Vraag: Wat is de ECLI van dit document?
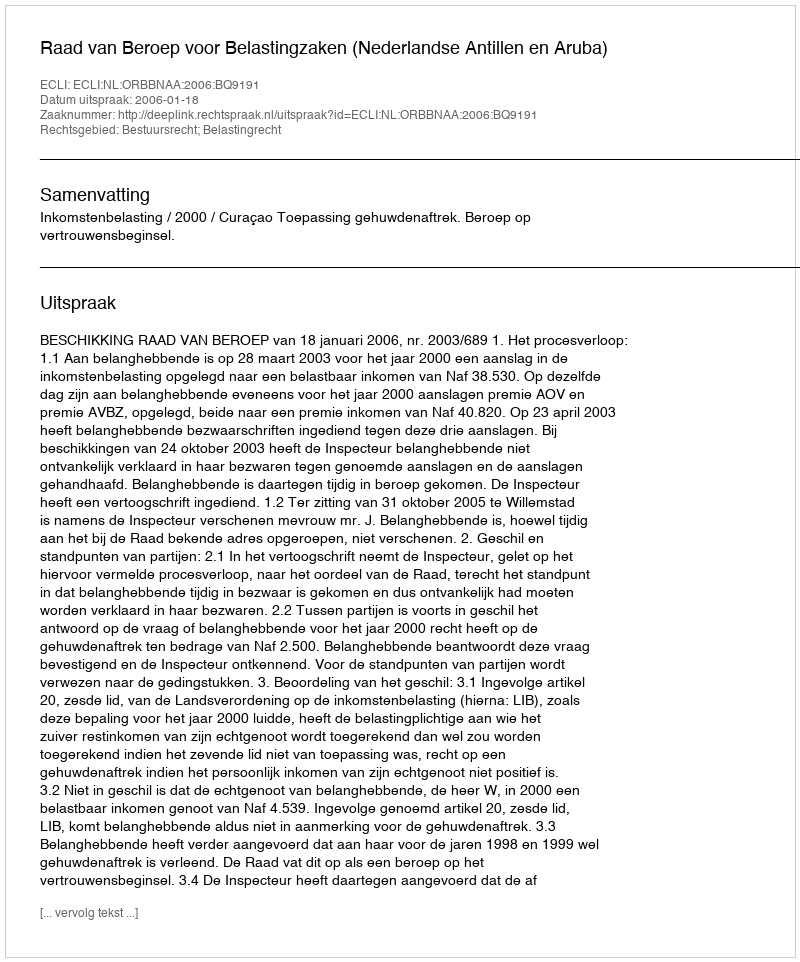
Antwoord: ECLI:NL:ORBBNAA:2006:BQ9191